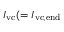
I _ { \mathrm { v c } } ( = I _ { \mathrm { v c , e n d } }